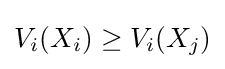
V_{i}(X_{i})\geq V_{i}(X_{j})